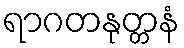
ရာဂတနုတ္တနံ